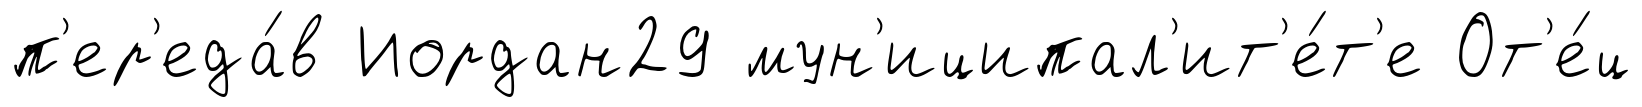
п'ер'еда́в Иордан29 мун'иципал'ит'е́т'е От'е́ц